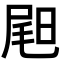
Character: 𡲉